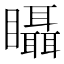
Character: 𥍉